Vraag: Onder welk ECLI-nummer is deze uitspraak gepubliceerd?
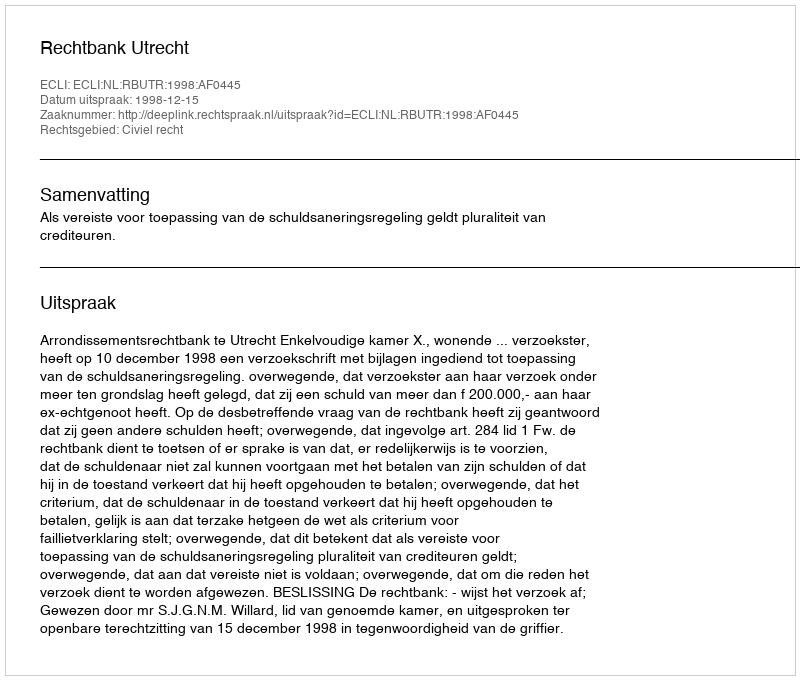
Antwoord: ECLI:NL:RBUTR:1998:AF0445